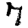
Digit: 7